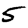
Digit: 5